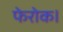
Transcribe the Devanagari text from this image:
फेरोक।